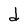
Character: d